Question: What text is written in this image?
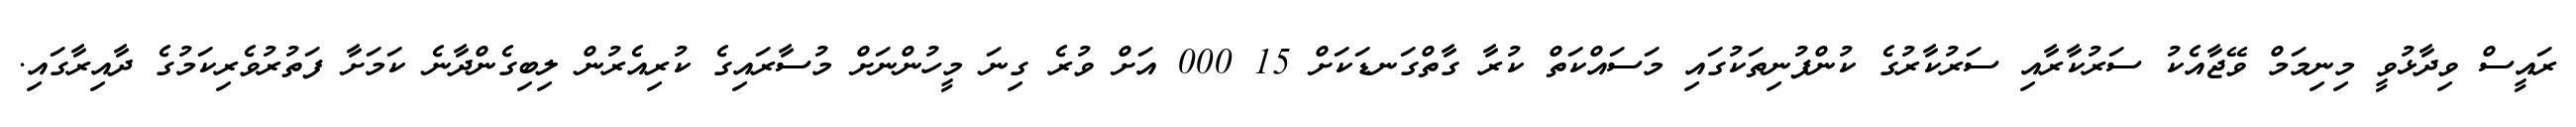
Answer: ރައީސް ވިދާޅުވީ މިނިމަމް ވޭޖާއެކު ސަރުކާރާއި ސަރުކާރުގެ ކުންފުނިތަކުގައި މަސައްކަތް ކުރާ ގާތްގަނޑަކަށް 15 000 އަށް ވުރެ ގިނަ މީހުންނަށް މުސާރައިގެ ކުރިއެރުން ލިބިގެންދާނެ ކަމަށާ ފަތުރުވެރިކަމުގެ ދާއިރާގައި.